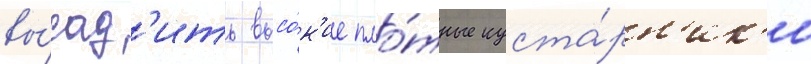
вы́сад'ить высо́к'ие пло́тные куста́рн'ик'и